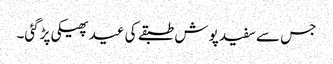
جس سے سفید پوش طبقے کی عید پھیکی پڑگئی۔